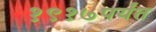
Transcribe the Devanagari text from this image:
१९१७पर्यंत